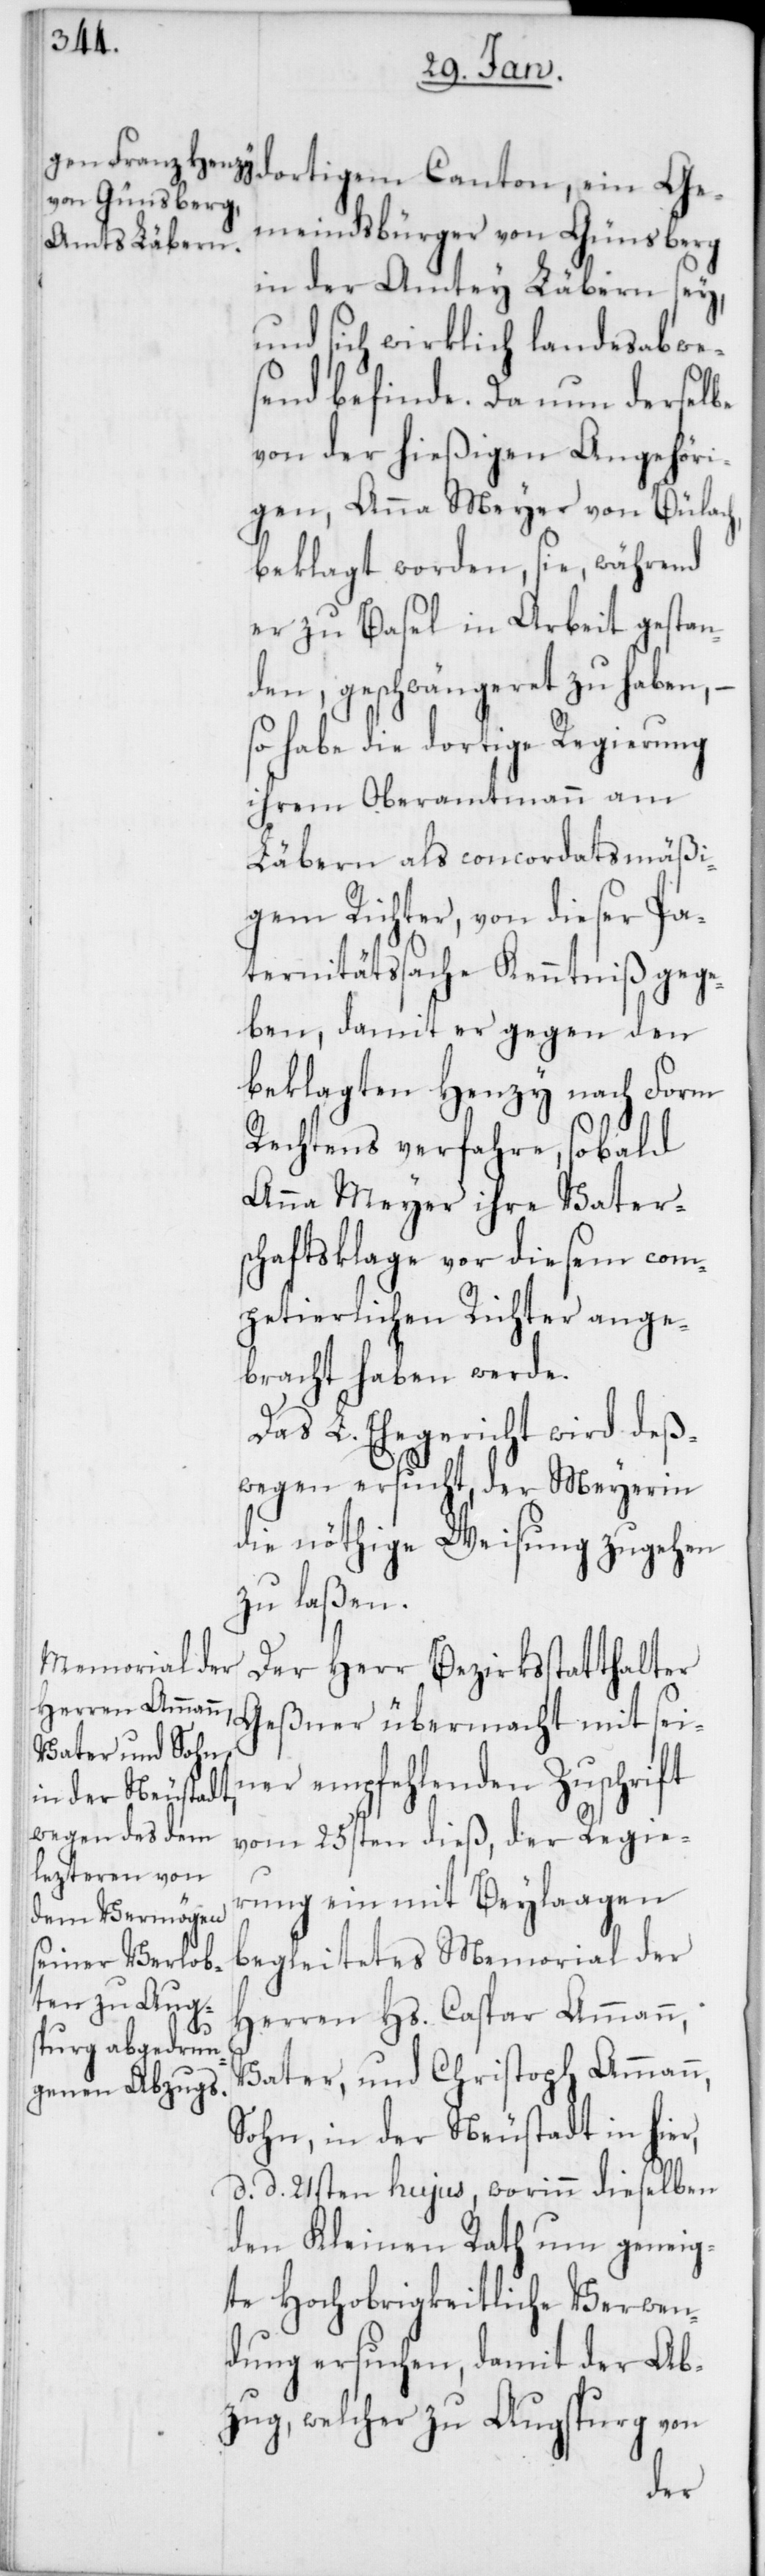
Gemeindsbürger von Günsberg
in der Amtey Läbern sey,
und sich wirklich landesabwe¬
send befinde. Da nun derselbe
von der hießigen Angehöri¬
gen, Anna Meyer von Bülach,
beklagt worden, sie während
er zu Basel in Arbeit gestan¬
den, geschwängeret zu haben, –
so habe die dortige Regierung
ihrem Oberamtmann am
Läbern als concordatsmäßi¬
gem Richter, von dieser Pa¬
ternitätssache Kenntniß gege¬
ben, damit er gegen den
beklagten Henzy nach Form
Rechtens verfahre, sobald
Anna Meyer ihre Vater¬
schaftsklage vor diesem com¬
petierlichen Richter ange¬
bracht haben werde.
Das L. Ehericht wird deß¬
wegen ersucht, der Meyerin
die nöthige Weisung zugehen
zu laßen.
Der Herr Bezirksstatthalter
Geßner übermacht mit sei¬
ner empfehlenden Zuschrift
vom 25sten dieß, der Regie¬
rung ein mit Beylaagen
begleitetes Memorial der
Herren Hs. Caspar Ammann,
Vater, und Christoph Ammann,
Sohn, in der Neustadt in hier,
d. d. 21sten hujus, worinn dieselben
den Kleinen Rath um geneig¬
te Hochobrigkeitliche Verwen¬
dung ersuchen, damit der Ab¬
zug, welcher zu Augsburg von